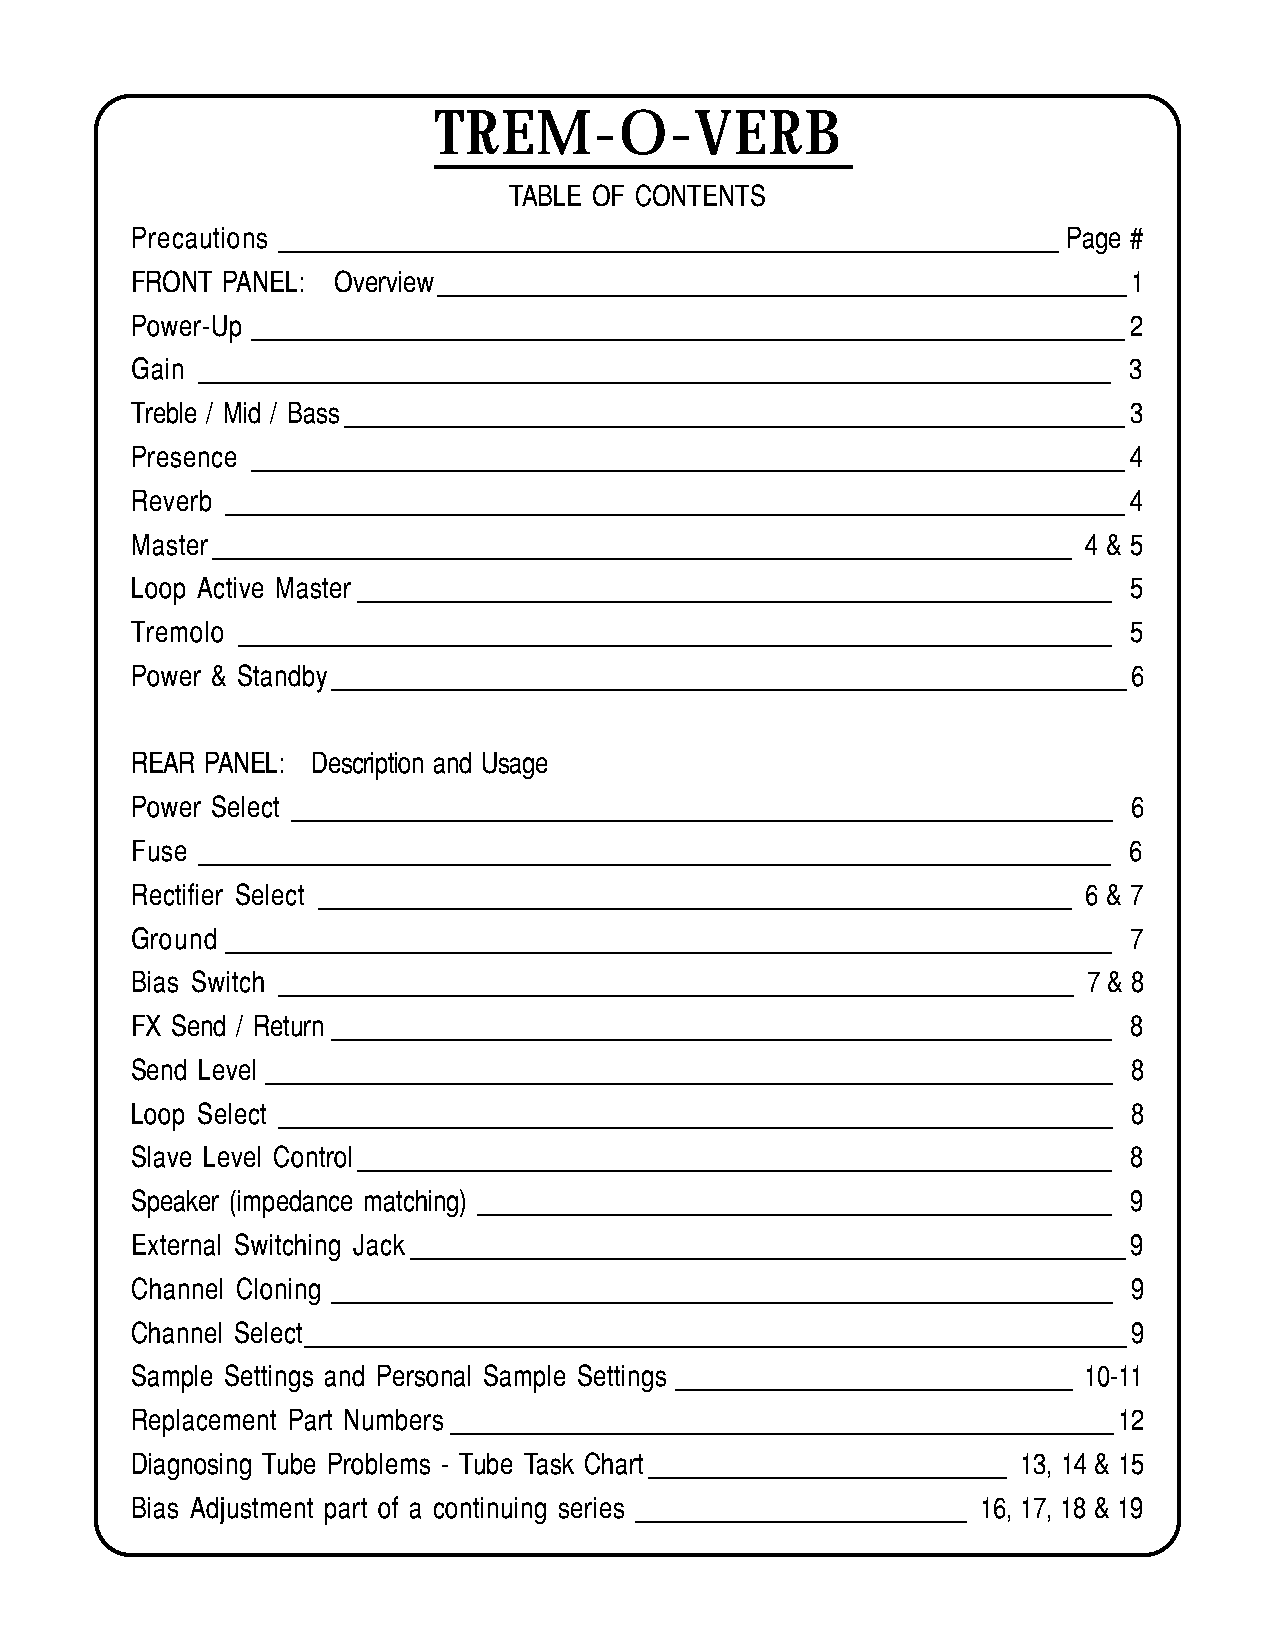
TREM-O-VERB
 TABLE OF CONTENTS
 Precautions ___________________________________________________________ Page #
 FRONT PANEL: Overview____________________________________________________1
 Power-Up __________________________________________________________________2
 Gain _____________________________________________________________________ 3
 Treble / Mid / Bass___________________________________________________________3
 Presence __________________________________________________________________4
 Reverb ____________________________________________________________________4
 Master_________________________________________________________________ 4 & 5
 Loop Active Master _________________________________________________________ 5
 Tremolo __________________________________________________________________ 5
 Power & Standby____________________________________________________________6
 REAR PANEL: Description and Usage
 Power Select ______________________________________________________________ 6
 Fuse _____________________________________________________________________ 6
 Rectifier Select _________________________________________________________ 6 & 7
 Ground ___________________________________________________________________ 7
 Bias Switch ____________________________________________________________ 7 & 8
 FX Send / Return ___________________________________________________________ 8
 Send Level ________________________________________________________________ 8
 Loop Select _______________________________________________________________ 8
 Slave Level Control_________________________________________________________ 8
 Speaker (impedance matching) ________________________________________________ 9
 External Switching Jack______________________________________________________9
 Channel Cloning ___________________________________________________________ 9
 Channel Select______________________________________________________________9
 Sample Settings and Personal Sample Settings ______________________________ 10-11
 Replacement Part Numbers __________________________________________________12
 Diagnosing Tube Problems - Tube Task Chart___________________________ 13, 14 & 15
 Bias Adjustment part of a continuing series _________________________ 16, 17, 18 & 19